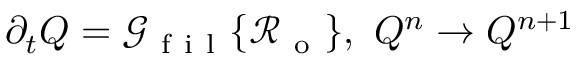
\partial _ { t } Q = \mathcal { G } _ { \mathrm { ~ f ~ i ~ l ~ } } \{ \mathcal { R } _ { \mathrm { ~ o ~ } } \} , \ Q ^ { n } \to Q ^ { n + 1 }